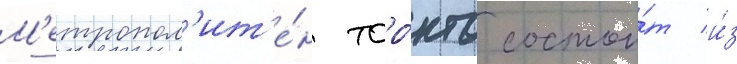
М'етропол'ит'е́н торо́нто состои́т и́з